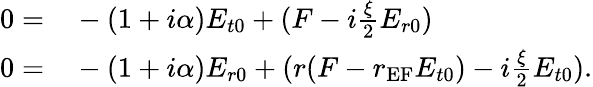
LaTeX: \begin{array}{rl}{0=}&{{}-(1+i\alpha)E_{t0}+(F-i\frac{\xi}{2}E_{r0})}\\ {0=}&{{}-(1+i\alpha)E_{r0}+(r(F-r_{\textrm{EF}}E_{t0})-i\frac{\xi}{2}E_{t0}).}\end{array}